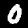
Digit: 0